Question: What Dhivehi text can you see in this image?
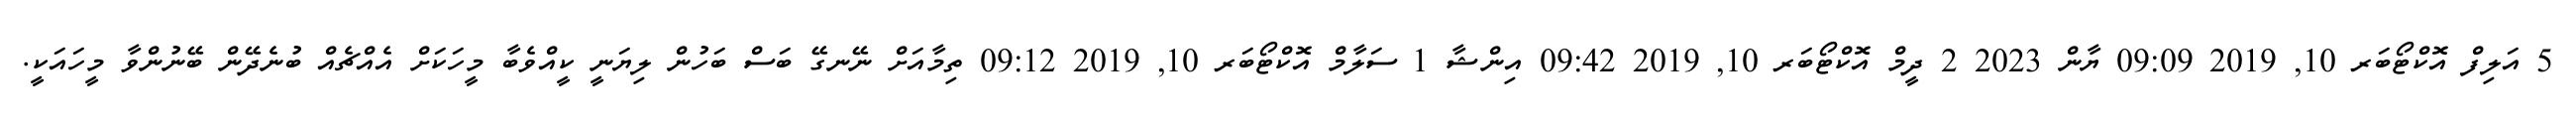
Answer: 5 އަލިފް އޮކްޓޯބަރ 10, 2019 09:09 ޔާން 2023 2 ދީމް އޮކްޓޯބަރ 10, 2019 09:42 އިންޝާ 1 ސަލާމް އޮކްޓޯބަރ 10, 2019 09:12 ތިމާއަށް ނޭނގޭ ބަސް ބަހުން ލިޔަނީ ކީއްވެބާ މީހަކަށް އެއްޗެއް ބުނެދޭން ބޭނުންވާ މީހައަކީ.